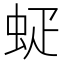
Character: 𰲷